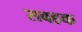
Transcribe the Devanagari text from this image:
सबहक